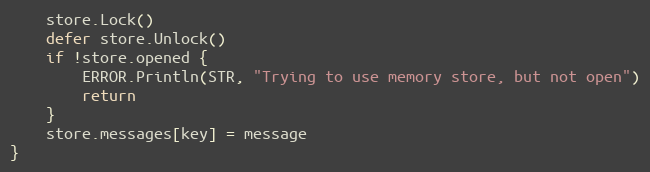
Language: Go
	store.Lock()
	defer store.Unlock()
	if !store.opened {
		ERROR.Println(STR, "Trying to use memory store, but not open")
		return
	}
	store.messages[key] = message
}